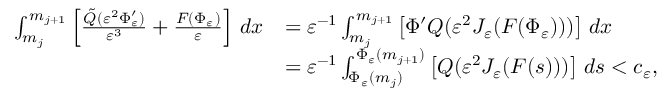
\begin{array} { r l } { \int _ { m _ { j } } ^ { m _ { j + 1 } } \left[ \frac { \tilde { Q } ( \varepsilon ^ { 2 } \Phi _ { \varepsilon } ^ { \prime } ) } { \varepsilon ^ { 3 } } + \frac { F ( \Phi _ { \varepsilon } ) } \varepsilon \right] \, d x } & { = \varepsilon ^ { - 1 } \int _ { m _ { j } } ^ { m _ { j + 1 } } \left[ \Phi ^ { \prime } Q ( \varepsilon ^ { 2 } J _ { \varepsilon } ( F ( \Phi _ { \varepsilon } ) ) ) \right] \, d x } \\ & { = \varepsilon ^ { - 1 } \int _ { \Phi _ { \varepsilon } ( m _ { j } ) } ^ { \Phi _ { \varepsilon } ( m _ { j + 1 } ) } \left[ Q ( \varepsilon ^ { 2 } J _ { \varepsilon } ( F ( s ) ) ) \right] \, d s < c _ { \varepsilon } , } \end{array}